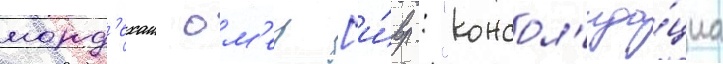
морд'ехаи ом'ер [и́вр.: "консол'ида́циа